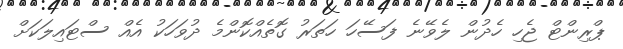
ޕްރިންޓް ޖެހި ހެދުން ލެވޭނެ ފަސޭހަ ހަތަރު ގޮތެއްކޮންމެ ދުވަހަކު އެއް ސްޓައިލަކަށް